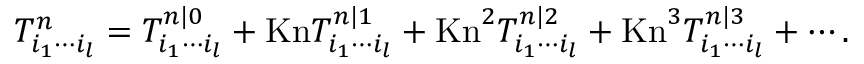
T _ { i _ { 1 } \cdots i _ { l } } ^ { n } = T _ { i _ { 1 } \cdots i _ { l } } ^ { n | 0 } + \mathrm { K n } T _ { i _ { 1 } \cdots i _ { l } } ^ { n | 1 } + \mathrm { K n } ^ { 2 } T _ { i _ { 1 } \cdots i _ { l } } ^ { n | 2 } + \mathrm { K n } ^ { 3 } T _ { i _ { 1 } \cdots i _ { l } } ^ { n | 3 } + \cdots .